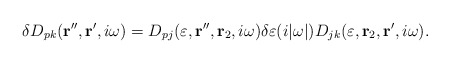
\begin{align*}\delta D_{pk} ({\bf r}^{\prime\prime}, {\bf r}^\prime , i \omega) =D_{pj} (\varepsilon, {\bf r}^{\prime\prime}, {\bf r}_2 , i \omega) \delta\varepsilon (i |\omega|) D_{jk} (\varepsilon, {\bf r}_2 , {\bf r}^\prime , i \omega). \end{align*}